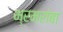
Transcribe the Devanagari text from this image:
भ्रमरांबा